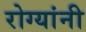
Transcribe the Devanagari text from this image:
रोग्यांनी